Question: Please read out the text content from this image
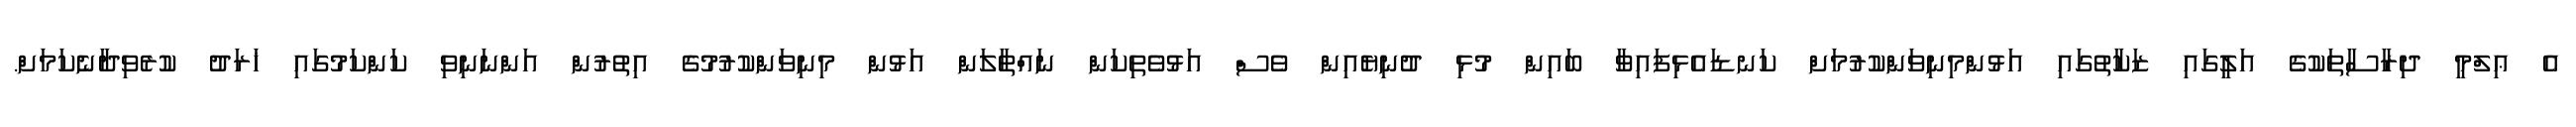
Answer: އެ ޢިލްމީ ދިރާސާތަކުގެ އަލީގައި ޒަކާތުގައި އަޅުންމިނިވަންކުރުމަށް ކަނޑައެޅިފައިވާ ބައިން މުޅި ދުނިޔެއިން ވެސް އަޅުވެތިކަން ނައްތާލަން އަޅުން މިނިވަންކުރުމުގެ އިތުރުން އަންނަނިވި ކަންކަމުގައި ޚަރަދު ކުރެވިދާނެކަމަށް.